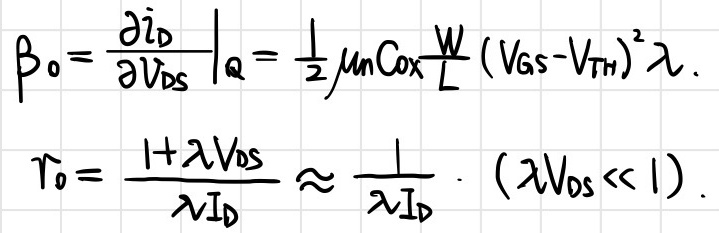
\[\begin{align*}\beta_{0}&=\left.\frac{\partial i_{D}}{\partial V_{DS}}\right|_{Q}=\frac{1}{2}\mu_{n}C_{ox}\frac{W}{L}(V_{GS}-V_{TH})^{2}\lambda.\\r_{0}&=\frac{1 + \lambda V_{DS}}{\lambda I_{D}}\approx\frac{1}{\lambda I_{D}}\ \ (\lambda V_{DS}\ll1).\end{align*}\]